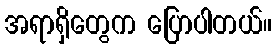
အရာရှိတွေက ပြောပါတယ်။